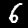
Label: 6